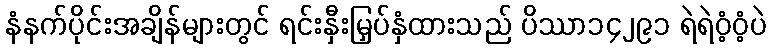
နံနက်ပိုင်းအချိန်များတွင် ရင်းနှီးမြှပ်နှံထားသည် ပိဿာ၁၄၂၉၁ ရဲရဲဝံ့ဝံ့ပဲ